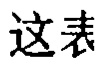
这表